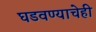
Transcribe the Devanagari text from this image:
घडवण्याचेही